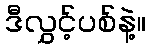
ဒီလွှင့်ပစ်နဲ့။